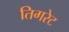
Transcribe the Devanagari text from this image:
तिगरेट